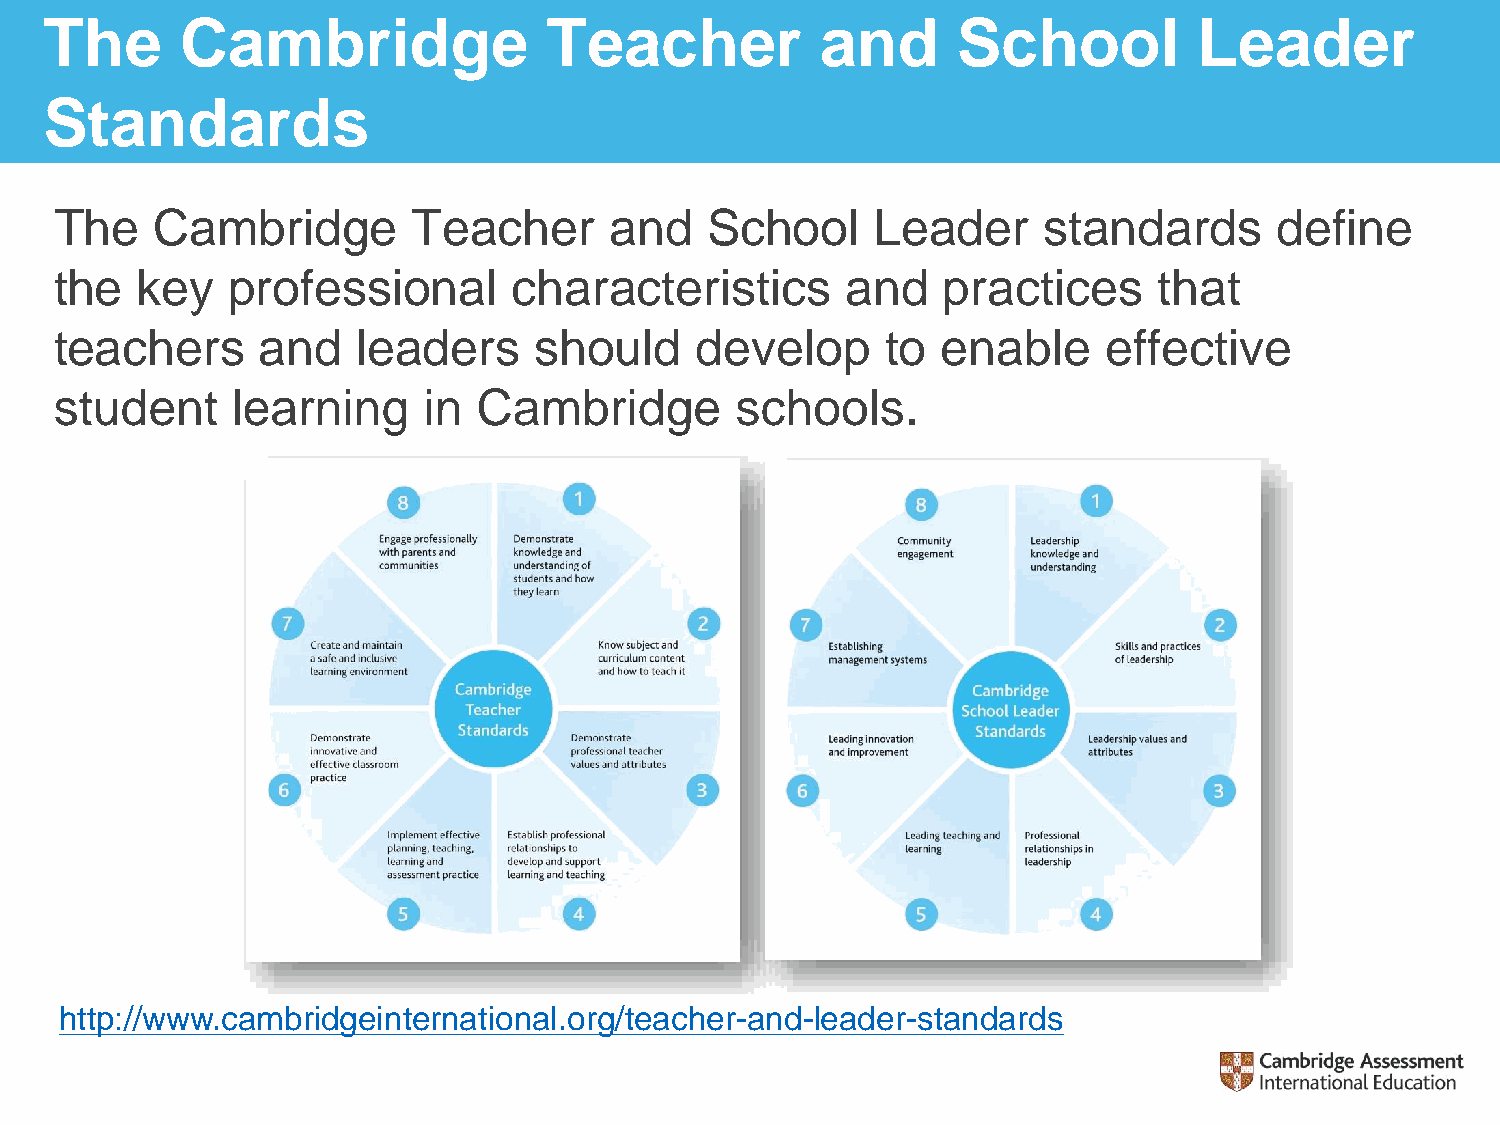
The      Cambridge               Teacher           and      School          Leader
 Standards
 The   Cambridge        Teacher      and    School     Leader     standards       define
 the  key   professional       characteristics       and   practices      that
 teachers     and    leaders    should     develop      to enable     effective
 student    learning     in  Cambridge        schools.
 http://www.cambridgeinternational.org/teacher-and-leader-standards